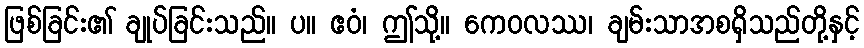
ဖြစ်ခြင်း၏ ချုပ်ခြင်းသည်။ ပ။ ဧဝံ၊ ဤသို့။ ကေဝလဿ၊ ချမ်းသာအစရှိသည်တို့နှင့်